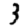
Digit: 3